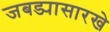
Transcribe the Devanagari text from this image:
जबड्यासारखे